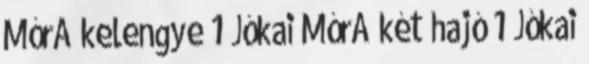
MórA kelengye 1 Jókai MórA két hajó 1 Jókai